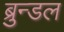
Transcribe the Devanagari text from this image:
ब्रुन्डल